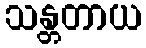
သန္တတာယ